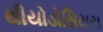
થીયોડોસિયસ